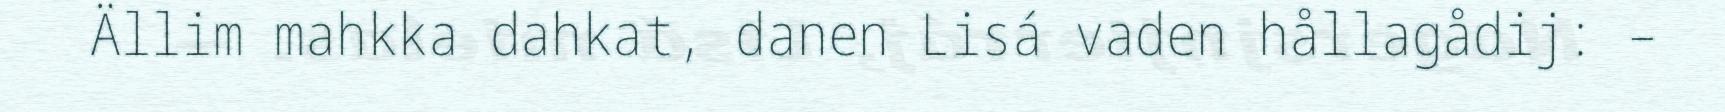
Ällim mahkka dahkat, danen Lisá vaden hållagådij: –